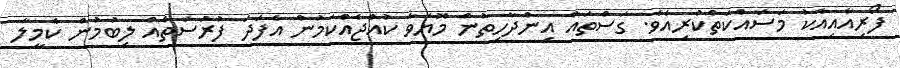
ފޯރިއާއިއެކު މަސައްކަތްކުރިއެވެ. ގަސްތައް އިންދާހިތުން މޮޔަވާ ކުއްޖެއްކަމުން އެފަދަ ފުރުސަތެއް ލިބުމުން ކެމީލާ